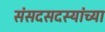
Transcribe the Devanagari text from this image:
संसदसदस्यांच्या